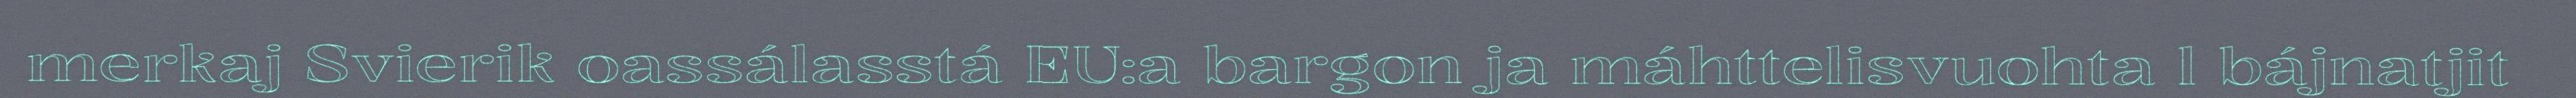
merkaj Svierik oassálasstá EU:a bargon ja máhttelisvuohta l bájnatjit